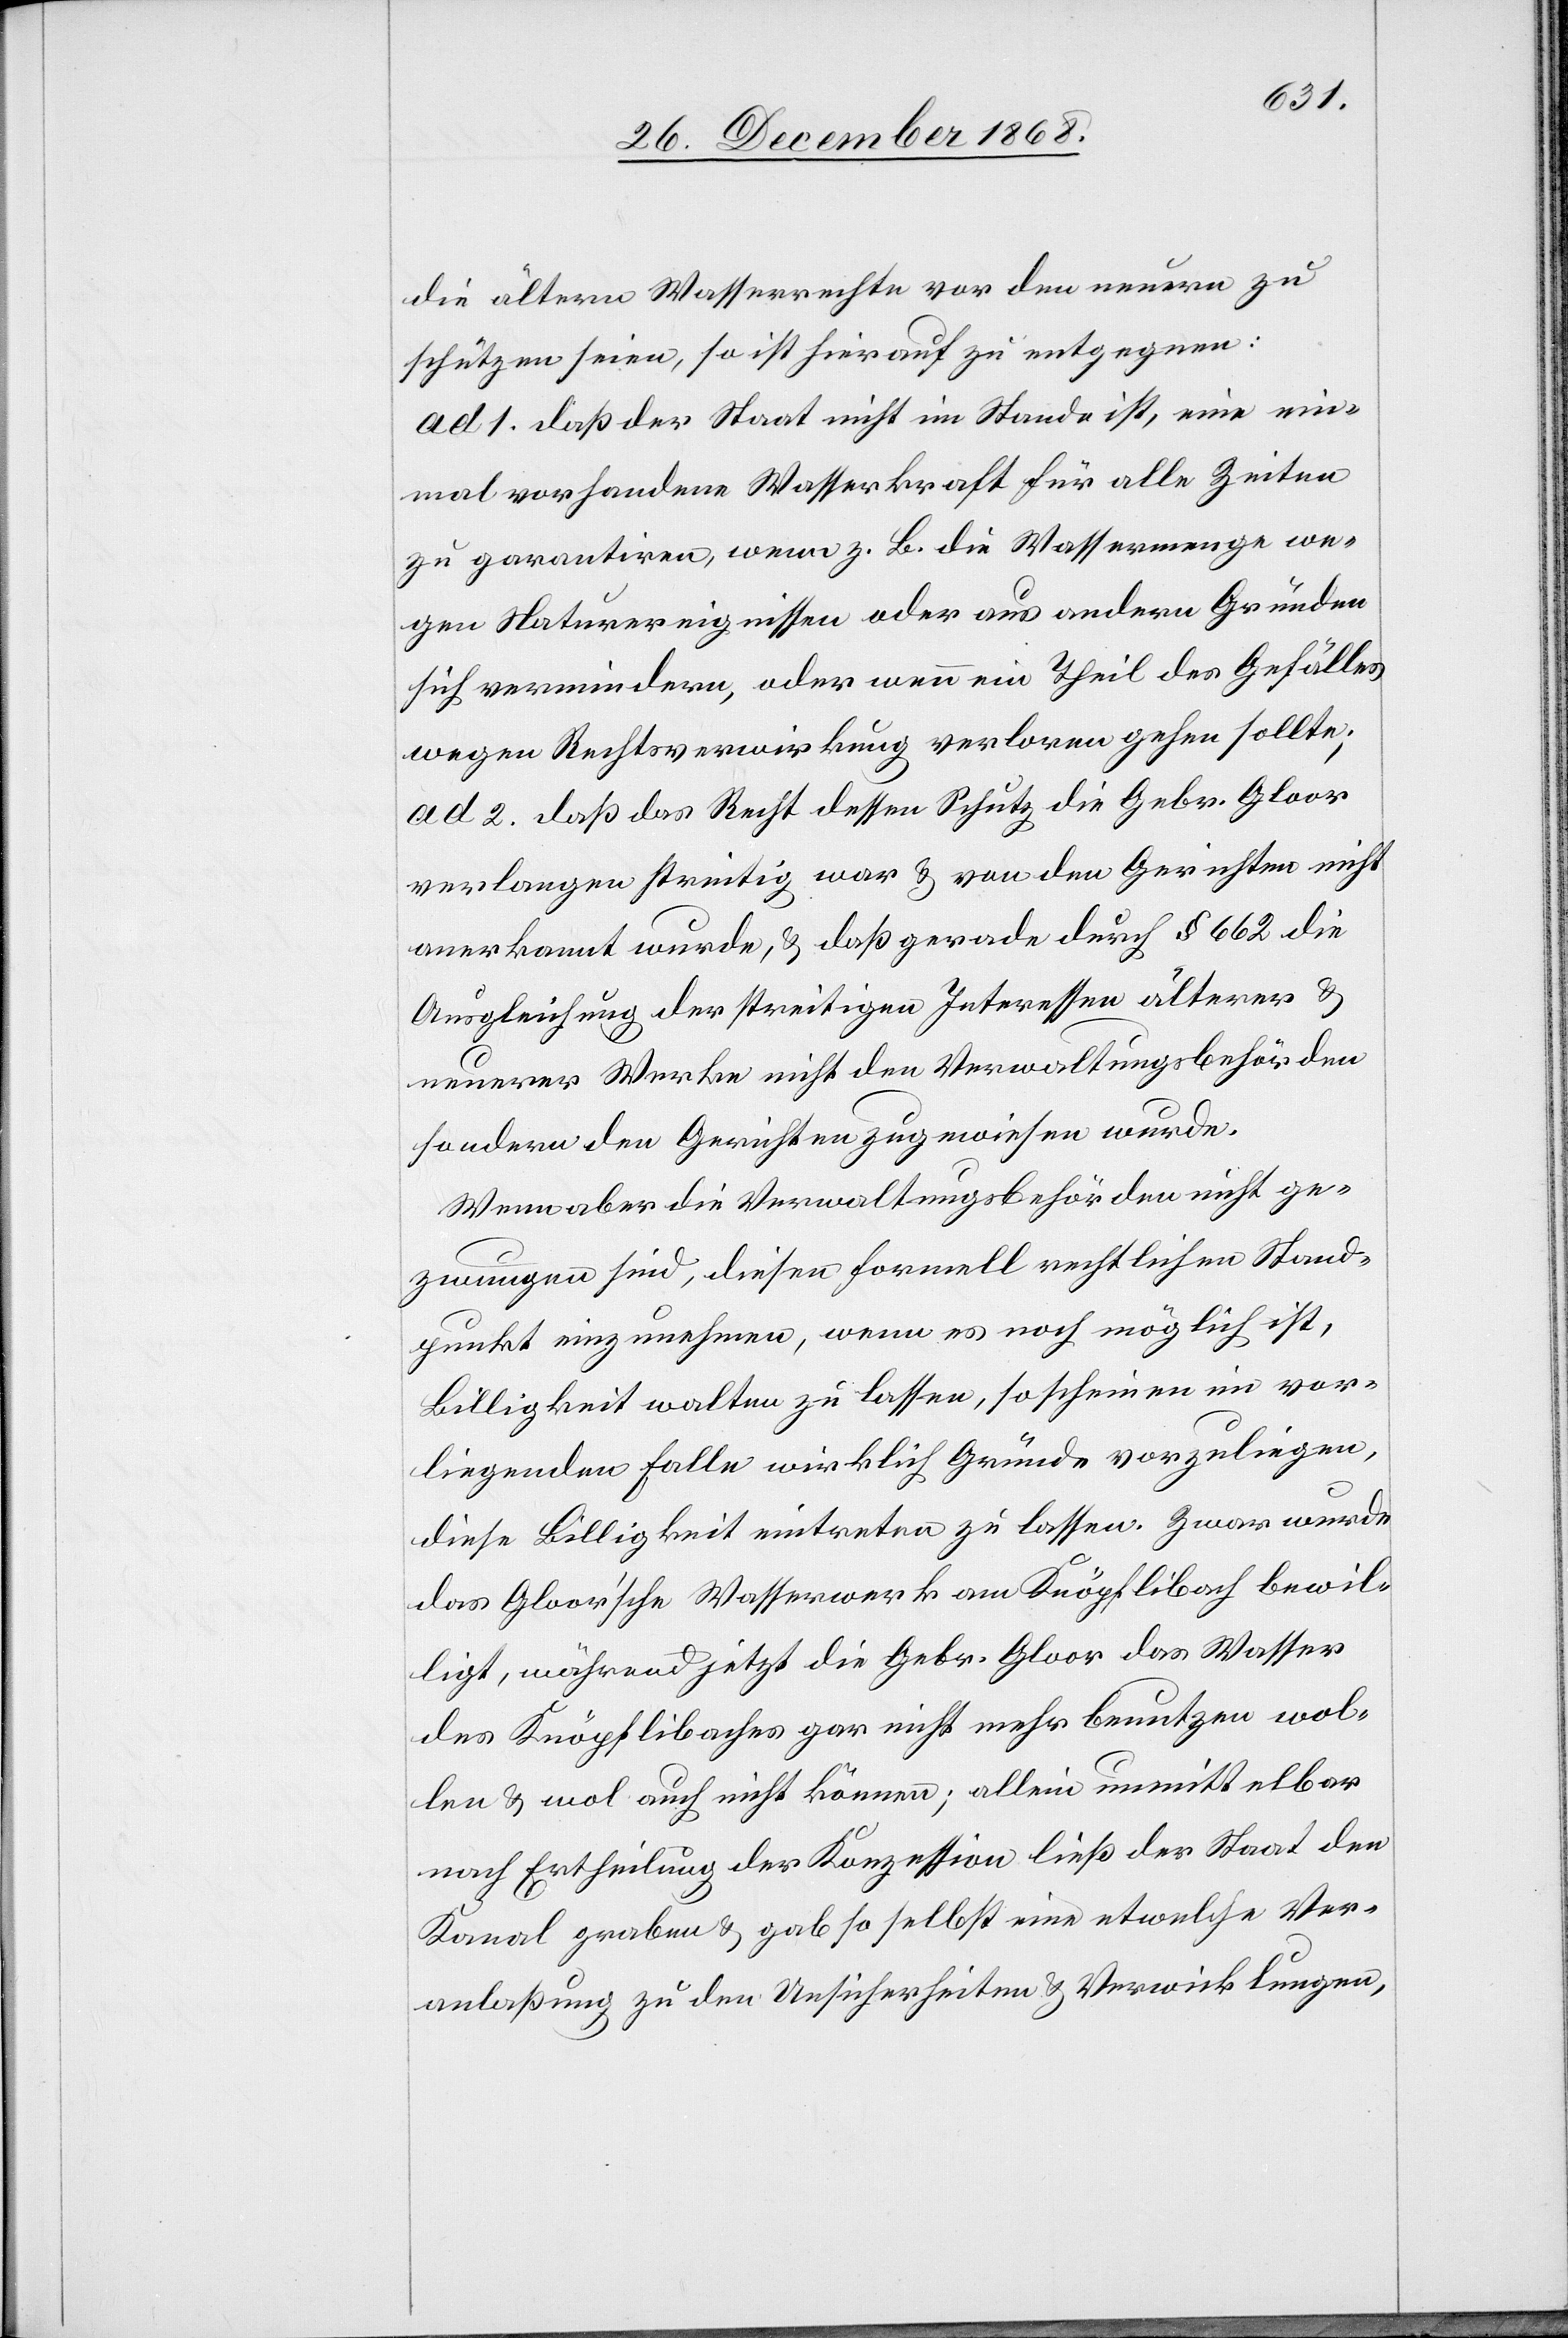
die ältern Wasserrechte vor den neuern zu
schützen seien, so ist hierauf zu entgegnen:
ad 1. daß der Staat nicht im Stande ist, eine ein¬
mal vorhandene Wasserkraft für alle Zeiten
zu garantiren, wenn z. B. die Wassermenge we¬
gen Naturereignissen oder aus andern Gründen
sich vermindern, oder wenn ein Theil des Gefälles
wegen Rechtsverwirkung verloren gehen sollte;
ad 2. daß das Recht dessen Schutz die Gebr. Gloor
verlangen streitig war & von den Gerichten nicht
anerkannt wurde, & daß gerade durch § 662 die
Ausgleichung der streitigen Interessen älterer &
neuerer Werke nicht den Verwaltungsbehörden
sondern den Gerichten zugewiesen wurde.
Wenn aber die Verwaltungsbehörden nicht ge¬
zwungen sind, diesen formell rechtlichen Stand¬
punkt einzunehmen, wenn es noch möglich ist,
Billigkeit walten zu lassen, so scheinen im vor¬
liegenden Falle wirklich Gründe vorzuliegen,
diese Billigkeit eintreten zu lassen. Zwar wurde
das Gloor’sche Wasserwerk am Knöpflibach bewil¬
ligt, während jetzt die Gebr. Gloor das Wasser
des Knöpflibaches gar nicht mehr benutzen wol¬
len & wol auch nicht können; allein unmittelbar
nach Ertheilung der Konzession ließ der Staat den
Kanal graben & gab so selbst eine etwelche Ver¬
anlaßung zu den Unsicherheiten & Verwicklungen,